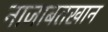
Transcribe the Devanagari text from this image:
नाजाबतखान